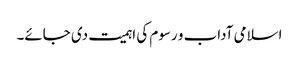
اسلامی آداب و رسوم کی اہمیت دی جائے۔